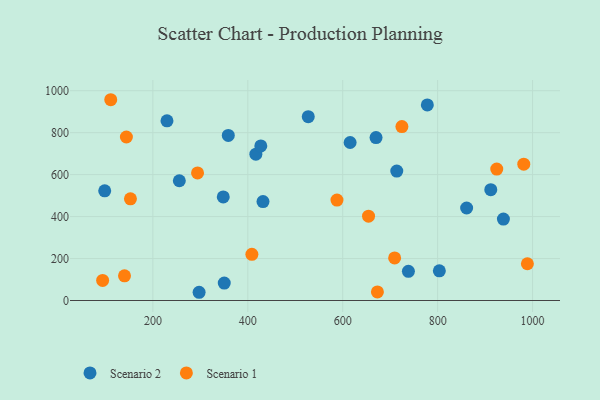
{"axis": {"x": "Price", "y": "Exam Score"}, "legend": ["Scenario 1", "Scenario 2"], "data": [{"x": "297.4", "y": 39.2, "type": "Scenario 2"}, {"x": "778.3", "y": 932.0, "type": "Scenario 2"}, {"x": "938.6", "y": 388.0, "type": "Scenario 2"}, {"x": "417.0", "y": 697.6, "type": "Scenario 2"}, {"x": "803.6", "y": 141.5, "type": "Scenario 2"}, {"x": "229.7", "y": 856.5, "type": "Scenario 2"}, {"x": "713.9", "y": 617.0, "type": "Scenario 2"}, {"x": "358.9", "y": 787.0, "type": "Scenario 2"}, {"x": "615.6", "y": 753.2, "type": "Scenario 2"}, {"x": "527.4", "y": 876.0, "type": "Scenario 2"}, {"x": "348.3", "y": 493.9, "type": "Scenario 2"}, {"x": "350.4", "y": 83.2, "type": "Scenario 2"}, {"x": "738.4", "y": 139.0, "type": "Scenario 2"}, {"x": "670.2", "y": 776.4, "type": "Scenario 2"}, {"x": "427.4", "y": 737.0, "type": "Scenario 2"}, {"x": "912.0", "y": 528.1, "type": "Scenario 2"}, {"x": "432.0", "y": 471.7, "type": "Scenario 2"}, {"x": "861.1", "y": 440.8, "type": "Scenario 2"}, {"x": "98.5", "y": 522.9, "type": "Scenario 2"}, {"x": "255.7", "y": 570.9, "type": "Scenario 2"}, {"x": "709.4", "y": 202.7, "type": "Scenario 1"}, {"x": "924.6", "y": 626.4, "type": "Scenario 1"}, {"x": "152.7", "y": 484.5, "type": "Scenario 1"}, {"x": "587.9", "y": 478.5, "type": "Scenario 1"}, {"x": "654.4", "y": 401.7, "type": "Scenario 1"}, {"x": "294.1", "y": 608.0, "type": "Scenario 1"}, {"x": "111.2", "y": 957.0, "type": "Scenario 1"}, {"x": "144.2", "y": 779.4, "type": "Scenario 1"}, {"x": "989.1", "y": 175.2, "type": "Scenario 1"}, {"x": "981.5", "y": 649.9, "type": "Scenario 1"}, {"x": "724.7", "y": 829.2, "type": "Scenario 1"}, {"x": "94.1", "y": 95.6, "type": "Scenario 1"}, {"x": "140.2", "y": 117.6, "type": "Scenario 1"}, {"x": "408.6", "y": 220.0, "type": "Scenario 1"}, {"x": "673.1", "y": 40.7, "type": "Scenario 1"}]}